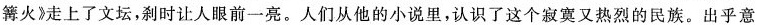
篝火》走上了文坛，刹时让人眼前一亮。人们从他的小说里，认识了这个寂寞又热烈的民族。出乎意